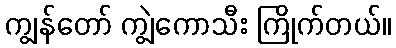
ကျွန်တော် ကျွဲကောသီး ကြိုက်တယ်။